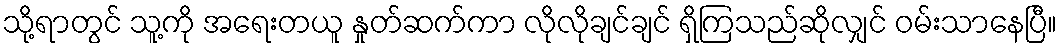
သို့ရာတွင် သူ့ကို အရေးတယူ နှုတ်ဆက်ကာ လိုလိုချင်ချင် ရှိကြသည်ဆိုလျှင် ဝမ်းသာနေပြီ။